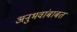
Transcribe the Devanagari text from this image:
अनुभवांबाबत